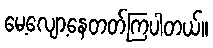
မေ့လျော့နေတတ်ကြပါတယ်။